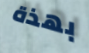
بهذة